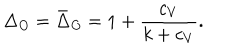
\Delta _ { O } = \bar { \Delta } _ { O } = 1 + { \frac { c _ { V } } { k + c _ { V } } } .